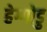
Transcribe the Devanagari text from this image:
हेग्गोडु